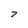
Character: 7